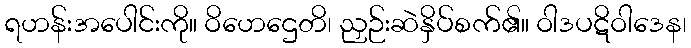
ရဟန်းအပေါင်းကို။ ဝိဟေဌေတိ၊ ညှဉ်းဆဲနှိပ်စက်၏။ ဝါဒပဋိဝါဒေန၊